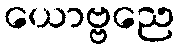
ယောဗ္ဗညေ